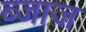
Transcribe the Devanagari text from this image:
ब्जाज